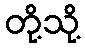
တို့သို့